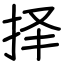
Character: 择